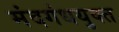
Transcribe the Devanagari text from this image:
मंदगंधयुक्त